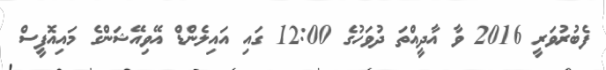
ފެބުރުވަރީ 2016 ވާ އާދީއްތަ ދުވަހުގެ 12:00 ގައި އައިލެންޑް އޭވިއޭޝަންގެ މައިއޮފީސް